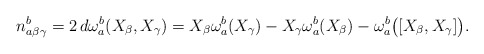
\begin{align*}n_{a\beta \gamma}^{b}&=2\,d\omega_{a}^{b}(X_{\beta}, X_{\gamma})= X_{\beta} \omega_{a}^{b}(X_{\gamma})- X_{\gamma} \omega_{a}^{b}(X_{\beta}) - \omega_{a}^{b}\big{(} [X_{\beta}, X_{\gamma}] \big{)}. \end{align*}